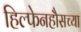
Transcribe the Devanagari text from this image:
हिल्फेनहौसच्या